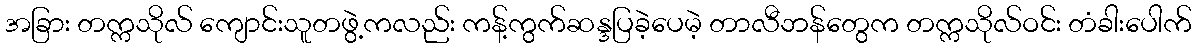
အခြား တက္ကသိုလ် ကျောင်းသူတဖွဲ့ကလည်း ကန့်ကွက်ဆန္ဒပြခဲ့ပေမဲ့ တာလီဘန်တွေက တက္ကသိုလ်ဝင်း တံခါးပေါက်